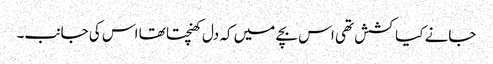
جانے کیا کشش تھی اس بچے میں کہ دل کھنچتا تھا اس کی جانب۔